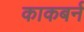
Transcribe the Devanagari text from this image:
काकबर्न